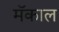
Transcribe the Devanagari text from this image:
मॅकाल